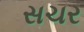
સચર